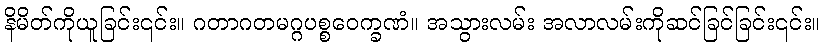
နိမိတ်ကိုယူခြင်း၎င်း။ ဂတာဂတမဂ္ဂပစ္စဝေက္ခဏံ။ အသွားလမ်း အလာလမ်းကိုဆင်ခြင်ခြင်း၎င်း။